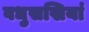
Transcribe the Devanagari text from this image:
वधुसखियां